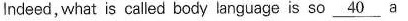
lndeed,what is caled body anguage is so \underline{40} a